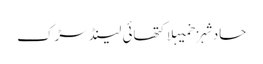
حادثہزخمیہلاکتھائی لینڈسڑک